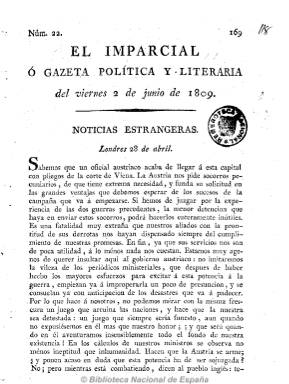
Título: El Imparcial o Gazeta política y literaria
Otros títulos: Gazeta política y literaria || El Imparcial o Gaceta política y literaria
Colección: Gacetas
Ámbito geográfico: Madrid
Lugar de publicación: Madrid
Fechas: 02/06/1809-02/06/1809

Periódico noticioso y político al servicio de José I, sin pie de imprenta y estampado “con superior permiso”. Su principal redactor es el helenista y canónigo de la catedral de Toledo Pedro Estala, que había sido protegido de Godoy, junto a Moratín, y que en esos momentos estaba en Madrid como bibliotecario real. De periodicidad bisemanal (salía martes y jueves) y habitualmente de ocho páginas por número, comenzó a publicarse el 21 de marzo de 1809, y se conocen de el 40 números, hasta el 4 de agosto del mismo año.

Tenía las secciones “Noticias extrangeras”, “Imperio francés” y “España”, y solía terminar con un artículo político. Incluía también proclamas y otros artículos de oficio. De tendencia liberal y afrancesada, criticó el mal estado de la instrucción pública en España, propagó la Constitución de Bayona, llamó a la colaboración con el nuevo gobierno, teorizó sobre el patriotismo y reprendió la lucha de los patriotas guerrilleros.